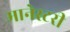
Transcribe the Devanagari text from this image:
मानेस्टरी